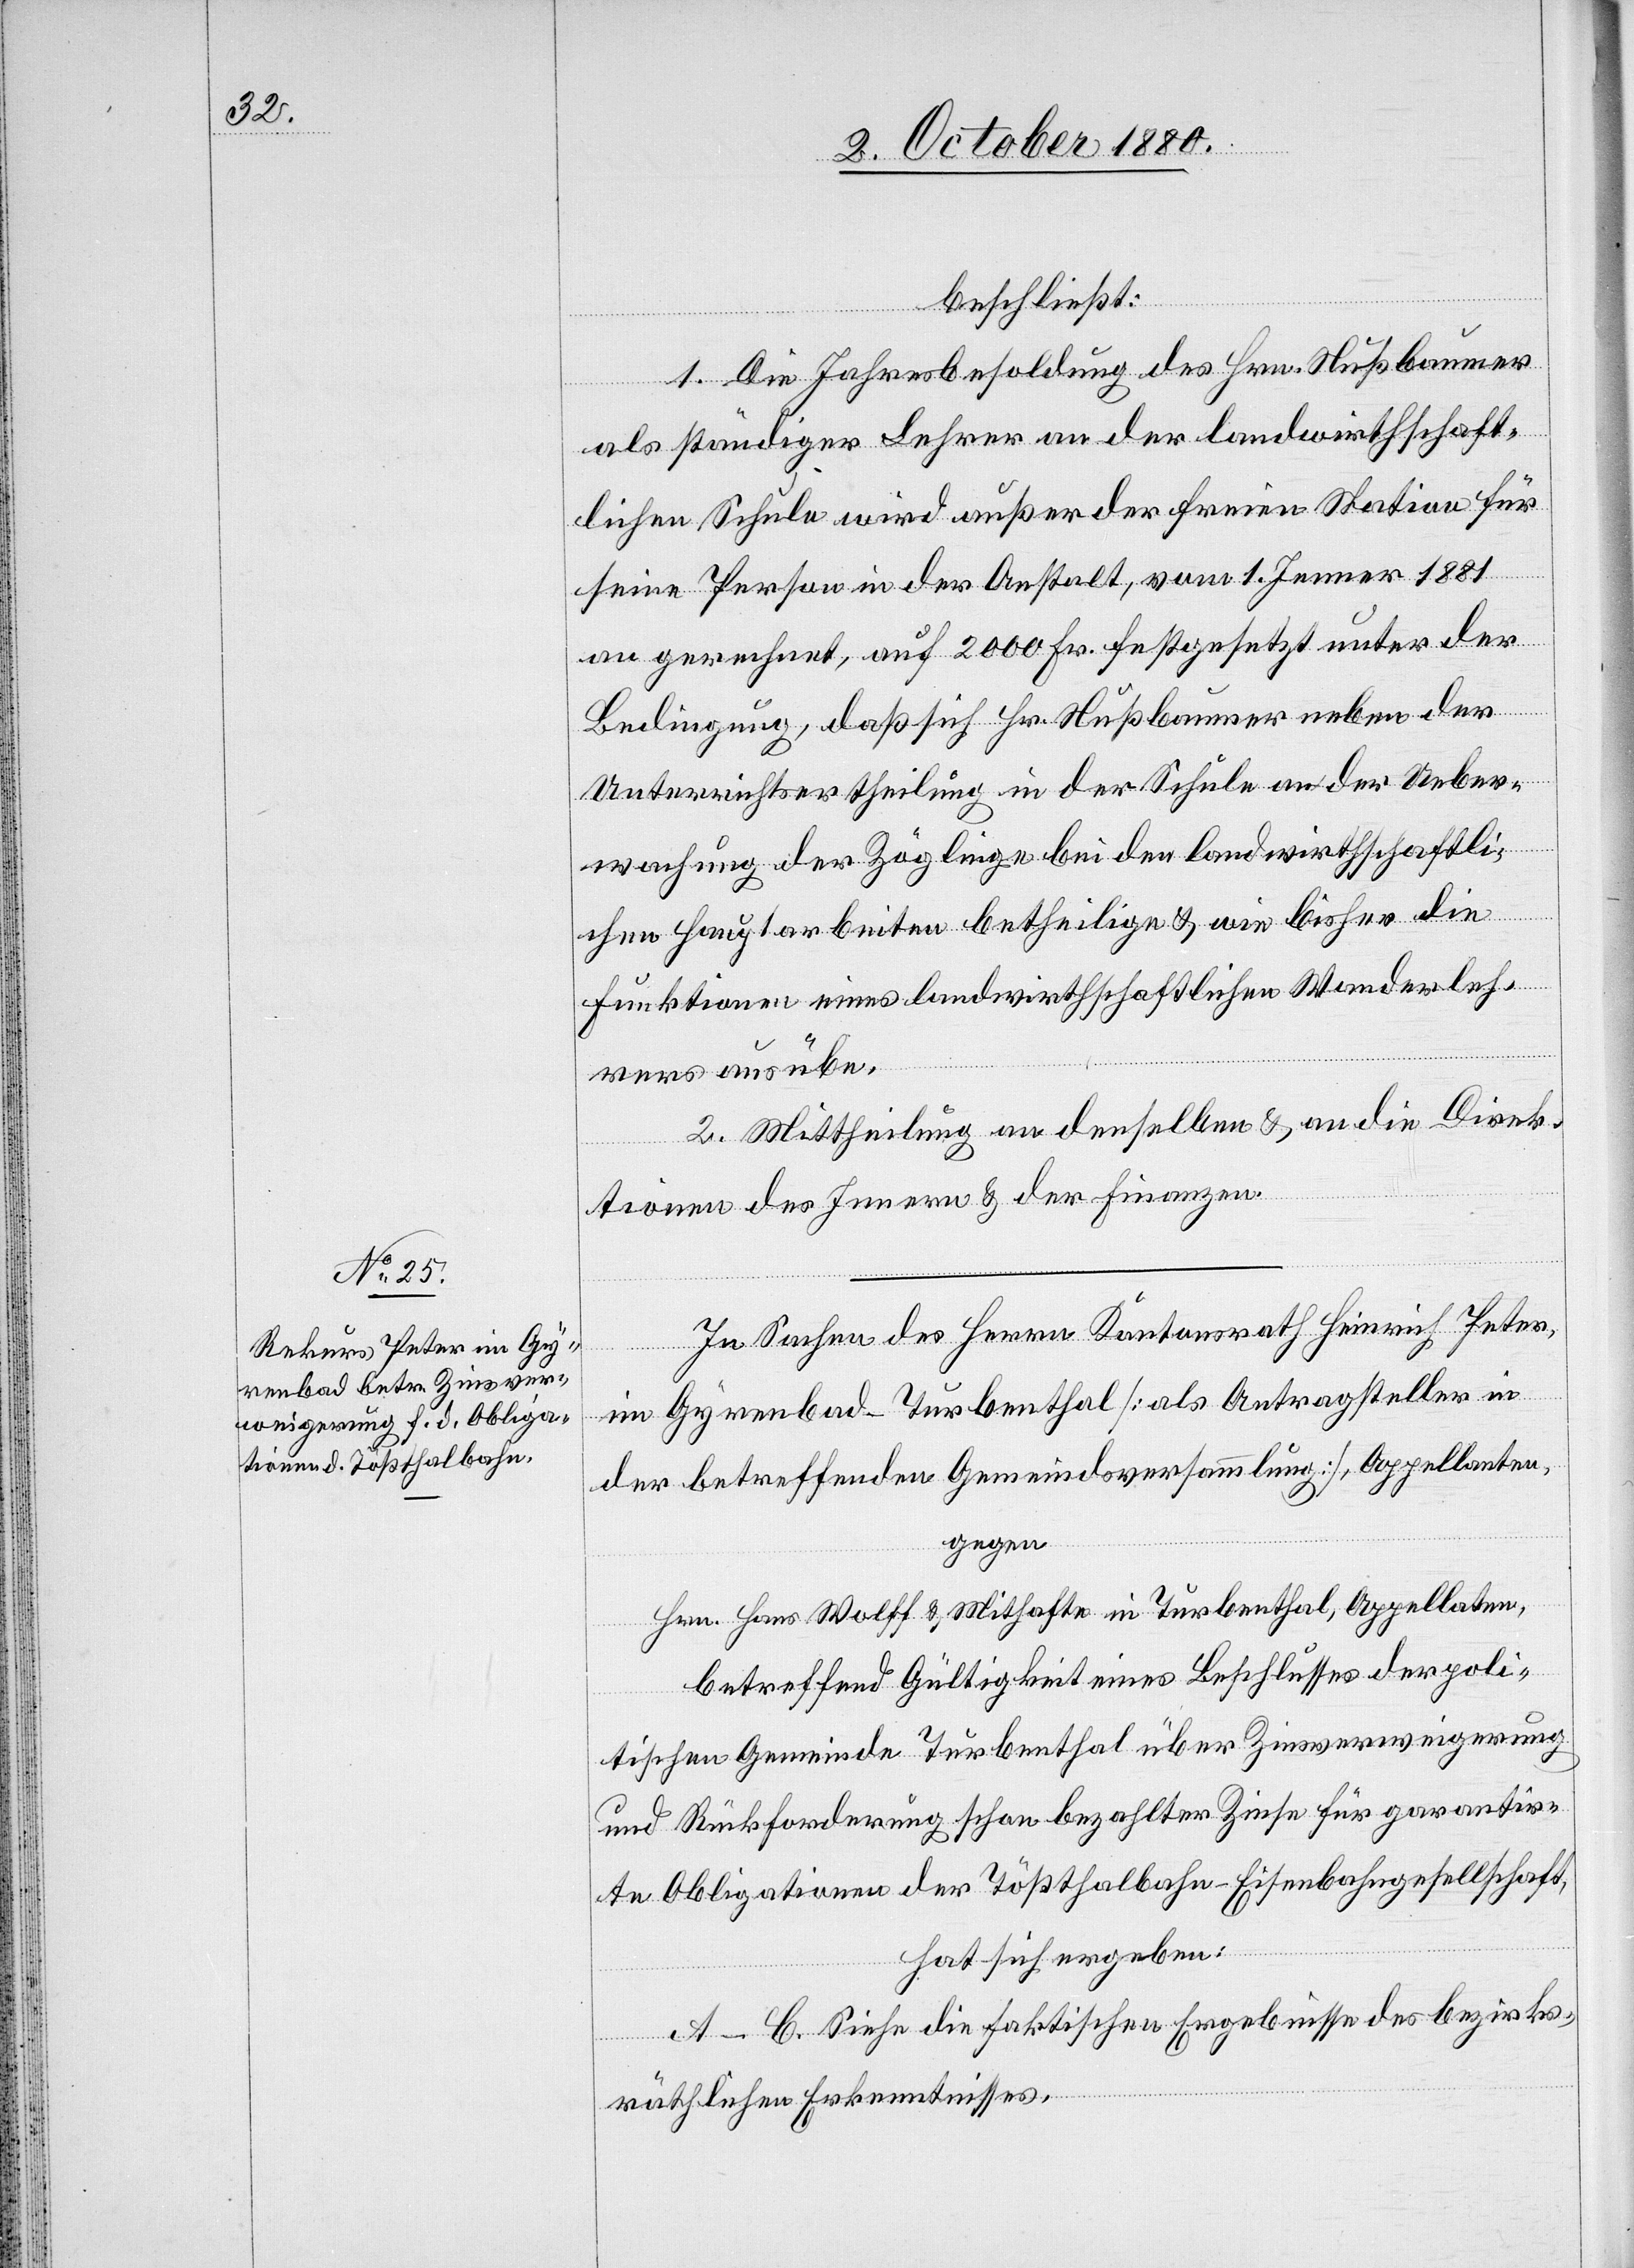
beschließt:
1. Die Jahresbesoldung des Hrn. Nußbaumer
als ständiger Lehrer an der landwirthschaft¬
lichen Schule wird außer der freien Station für
seine Person in der Anstalt, vom 1. Jenner 1881
an gerechnet, auf 2000 Fr. festgesetzt unter der
Bedingung, daß sich Hr. Nußbaumer neben der
Unterrichtsertheilung in der Schule an der Ueber¬
wachung der Zöglinge bei den landwirthschaftli¬
chen Hauptarbeiten betheilige & wie bisher die
Funktion eines landwirthschaftlichen Wanderleh¬
rers ausübe.
2. Mittheilung an denselben & an die Direk¬
tionen des Innern & der Finanzen.
In Sachen des Herrn Kantonsrath Heinrich Peter,
im Gyrenbad - Turbenthal [als Antragssteller in
der betreffenden Gemeindsversammlung], Appellanten
gegen
Hrn. Hans Wolff & Mithafte in Turbenthal, Appellanten,
betreffend Gültigkeit eines Beschlusses der poli¬
tischen Gemeinde Turbenthal über Zinsverweigerung
und Rückforderung schon bezahlter Zinse für garantir¬
te Obligationen der Tößthalbahn-Eisenbahngesellschaft,
hat sich ergeben:
A–C. Siehe die faktischen Ergebnisse des bezirks¬
räthlichen Erkenntnisses.